Malaria in India - Number 2
Disease focus: Malaria
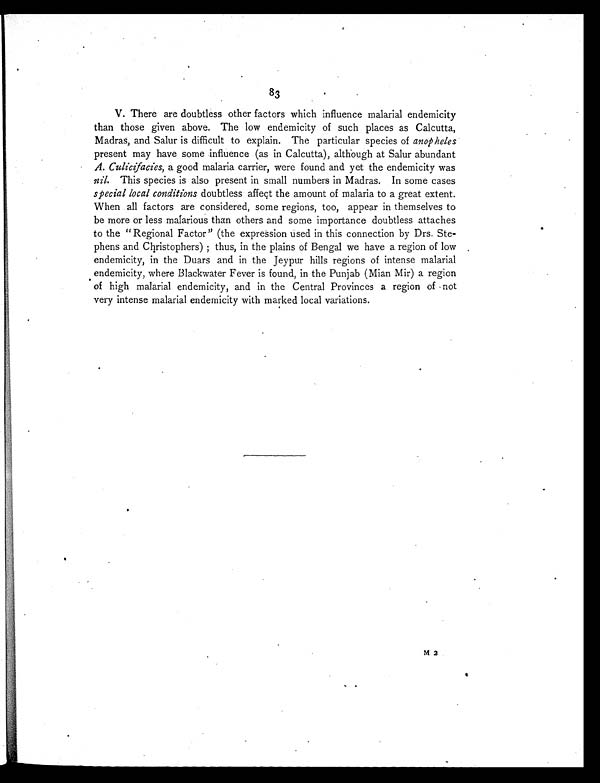
83
V. There are doubtless other factors which influence malarial endemicity
than those given above. The low endemicity of such places as Calcutta,
Madras, and Salur is difficult to explain. The particular species of anopheles
present may have some influence (as in Calcutta), although at Salur abundant
A. Culicifacies,a g o o d m a l a r i a c a r r i e r , w e r e f o u n d a n d y e t t h e e n d e m i c i t y w a s
nil. This species is also present in small numbers in Madras. In some cases
special local conditions doubtless affect the amount of malaria to a great extent.
When all factors are considered, some regions, too, appear in themselves to
be more or less malarious than others and some importance doubtless attaches
to the "Regional Factor" (the expression used in this connection by Drs. Ste-
phens and Chr i st opher s) ; t hus, i n t he pl ai ns of Bengal we have a r egi on of l ow
endemicity, in the Duars and in the Jeypur hills regions of intense malarial
endemicity, where Blackwater Fever is found, in the Punjab (Mian Mir) a region
of high malarial endemicity, and in the Central Provinces a region of not
very intense malarial endemicity with marked local variations.
M 2